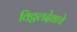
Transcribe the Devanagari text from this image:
विठ्ठलदेवाचे